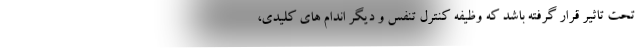
تحت تاثیر قرار گرفته باشد که وظیفه کنترل تنفس و دیگر اندام های کلیدی،